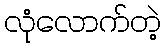
လုံလောက်တဲ့